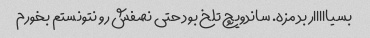
بسیااااار بد مزه. ساندویچ تلخ بود حتی نصفش رو نتونستم بخورم